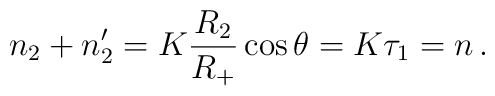
n_2+n_2'=K\frac{R_2}{R_+}\cos\theta=K\tau_1=n\,.